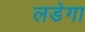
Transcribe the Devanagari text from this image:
लडेगा